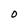
Character: O